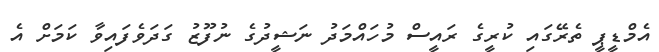
އެމްޑީޕީ ތެރޭގައި ކުރީގެ ރައީސް މުހައްމަދު ނަޝީދުގެ ނުފޫޒު ގަދަވެފައިވާ ކަމަށް އެ